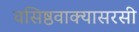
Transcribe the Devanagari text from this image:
वसिष्ठवाक्यासरसी